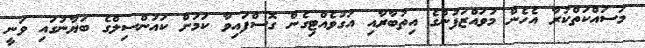
މަސައްކަތްކުރާ އެހެން މުވައްޒަފުންގެ އިތުބާރާއި އަގުވެއްޓިގެން ގޮސްފައިވާ ކަމަށް ކައުންސިލްގެ ބަޔާނުގައި ވަނީ